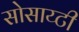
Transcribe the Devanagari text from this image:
सोसाय्टी